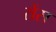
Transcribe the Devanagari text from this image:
रोंस